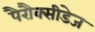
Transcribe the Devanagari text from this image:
पैरौक्सीडेज